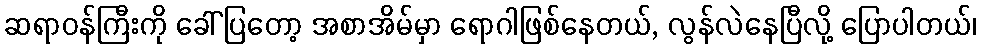
ဆရာဝန်ကြီးကို ခေါ်ပြတော့ အစာအိမ်မှာ ရောဂါဖြစ်နေတယ်, လွန်လဲနေပြီလို့ ပြောပါတယ်၊